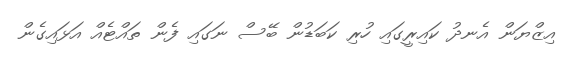
އިޒްޔަން އެނދު ކައިރީގައި ހުރި ކަބަޑުން ބޭސް ނަގައި ފެން ތައްޓެއް އަޅައިގެން